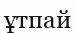
ұтпай